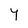
Character: Y